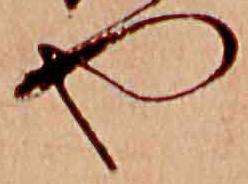
や